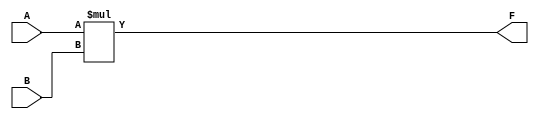
module Multiply_16bit(F, A, B);

input signed[15:0] A, B;
output signed[15:0] F;

assign F = A*B;

endmodule